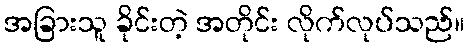
အခြားသူ ခိုင်းတဲ့ အတိုင်း လိုက်လုပ်သည်။